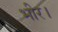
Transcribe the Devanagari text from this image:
भीर।